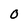
Character: O